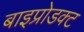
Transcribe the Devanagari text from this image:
बाइप्रोडक्ट